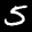
Label: 5